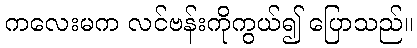
ကလေးမက လင်ဗန်းကိုကွယ်၍ ပြောသည်။